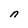
Character: n